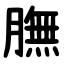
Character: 膴